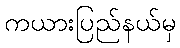
ကယားပြည်နယ်မှ